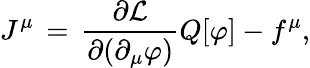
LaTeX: J^{\mu}\, =\, {\frac{\partial{\mathcal{L}}}{\partial(\partial_{\mu}\varphi)}}Q[\varphi]-f^{\mu},